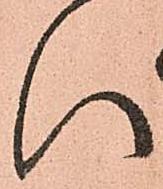
い